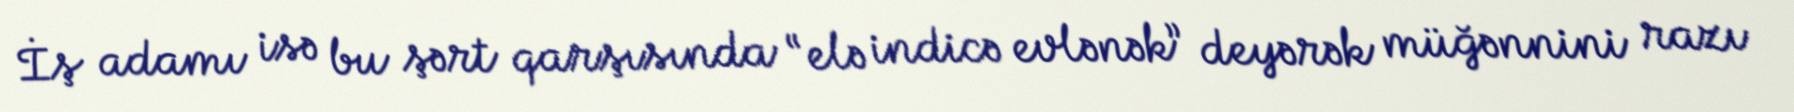
İş adamı isə bu şərt qarşısında “elə indicə evlənək” deyərək müğənnini razı